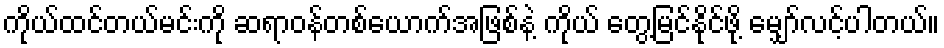
ကိုယ်ထင်တယ်မင်းကို ဆရာဝန်တစ်ယောက်အဖြစ်နဲ့ ကိုယ် တွေ့မြင်နိုင်ဖို့ မျှော်လင့်ပါတယ်။